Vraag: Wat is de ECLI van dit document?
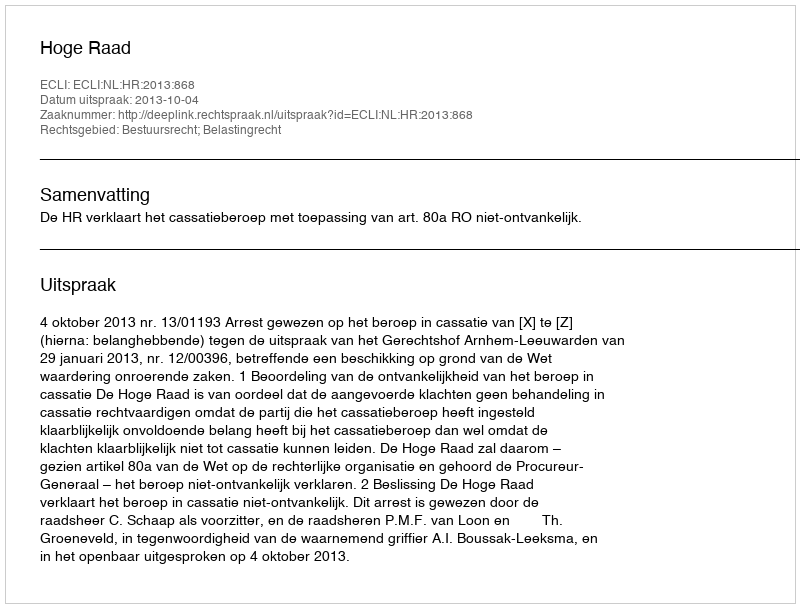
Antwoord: ECLI:NL:HR:2013:868